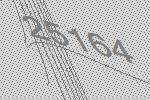
25164